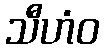
သီဟံဝ